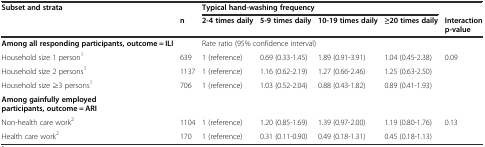
<table><thead><tr><td rowspan="2"><b>Subset and strata</b></td><td></td><td colspan="4"><b>Typical hand-washing frequency</b></td><td></td></tr><tr><td><b>n</b></td><td><b>2-4 times daily</b></td><td><b>5-9 times daily</b></td><td><b>10-19 times daily</b></td><td><b>≥20 times daily</b></td><td><b>Interaction p-value</b></td></tr></thead><tbody><tr><td><b>Among all responding participants, outcome = ILI</b></td><td></td><td colspan="4">Rate ratio (95% confidence interval)</td><td></td></tr><tr><td>Household size 1 person<sup>1</sup></td><td>639</td><td>1 (reference)</td><td>0.69 (0.33-1.45)</td><td>1.89 (0.91-3.91)</td><td>1.04 (0.45-2.38)</td><td rowspan="3">0.09</td></tr><tr><td>Household size 2 persons<sup>1</sup></td><td>1137</td><td>1 (reference)</td><td>1.16 (0.62-2.19)</td><td>1.27 (0.66-2.46)</td><td>1.25 (0.63-2.50)</td></tr><tr><td>Household size ≥3 persons<sup>1</sup></td><td>706</td><td>1 (reference)</td><td>1.03 (0.52-2.04)</td><td>0.88 (0.43-1.82)</td><td>0.89 (0.41-1.93)</td></tr><tr><td><b>Among gainfully employed participants, outcome = ARI</b></td><td></td><td></td><td></td><td></td><td></td><td></td></tr><tr><td>Non-health care work<sup>2</sup></td><td>1104</td><td>1 (reference)</td><td>1.20 (0.85-1.69)</td><td>1.39 (0.97-2.00)</td><td>1.19 (0.80-1.76)</td><td rowspan="2">0.13</td></tr><tr><td>Health care work<sup>2</sup></td><td>170</td><td>1 (reference)</td><td>0.31 (0.11-0.90)</td><td>0.49 (0.18-1.31)</td><td>0.45 (0.18-1.13)</td></tr></tbody></table>